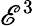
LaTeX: \mathscr{E}^{3}